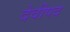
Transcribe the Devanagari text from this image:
देवीपद